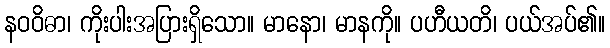
နဝဝိဓာ၊ ကိုးပါးအပြားရှိသော။ မာနော၊ မာနကို။ ပဟီယတိ၊ ပယ်အပ်၏။